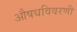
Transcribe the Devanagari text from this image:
औषधविवरणी